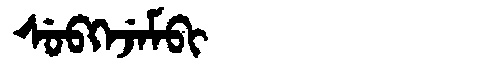
Manchu: ᠰᡠᠪᡴᡝᠵᡝᠮᠪᡳ
Romanization: SUBKEJEMBI